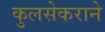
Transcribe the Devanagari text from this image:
कुलसेकराने